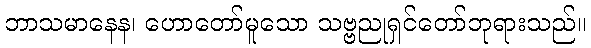
ဘာသမာနေန၊ ဟောတော်မူသော သဗ္ဗညုရှင်တော်ဘုရားသည်။